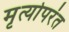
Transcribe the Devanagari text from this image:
मृत्योपरंत